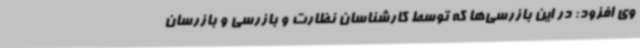
وی افزود: در این بازرسی‌ها که توسط کارشناسان نظارت و بازرسی و بازرسان